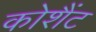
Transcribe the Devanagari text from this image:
कोशैंट